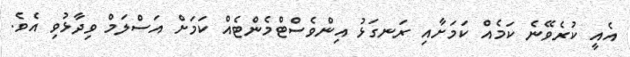
އެއީ ކުރެވޭނެ ކަމެއް ކަމަށާއި ރަނގަޅު އިންވެސްޓްމެންޓެއް ކަމަށް އަސްލަމް ވިދާޅުވި އެވެ.